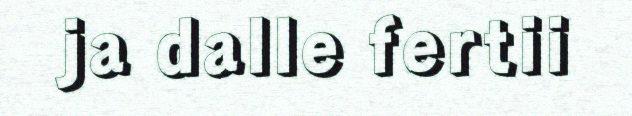
ja dalle fertii